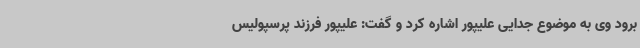
برود وی به موضوع جدایی علیپور اشاره کرد و گفت: علیپور فرزند پرسپولیس‌